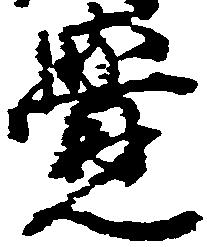
覚